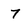
Character: 7